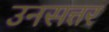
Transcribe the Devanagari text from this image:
उनसत्तर